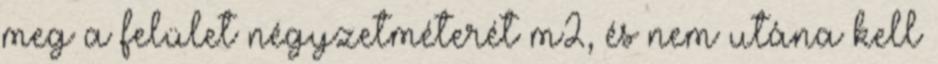
meg a felület négyzetméterét m2, és nem utána kell